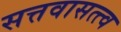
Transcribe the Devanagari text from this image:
सत्तवासत्त्व